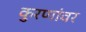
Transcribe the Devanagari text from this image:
कुरणांवर